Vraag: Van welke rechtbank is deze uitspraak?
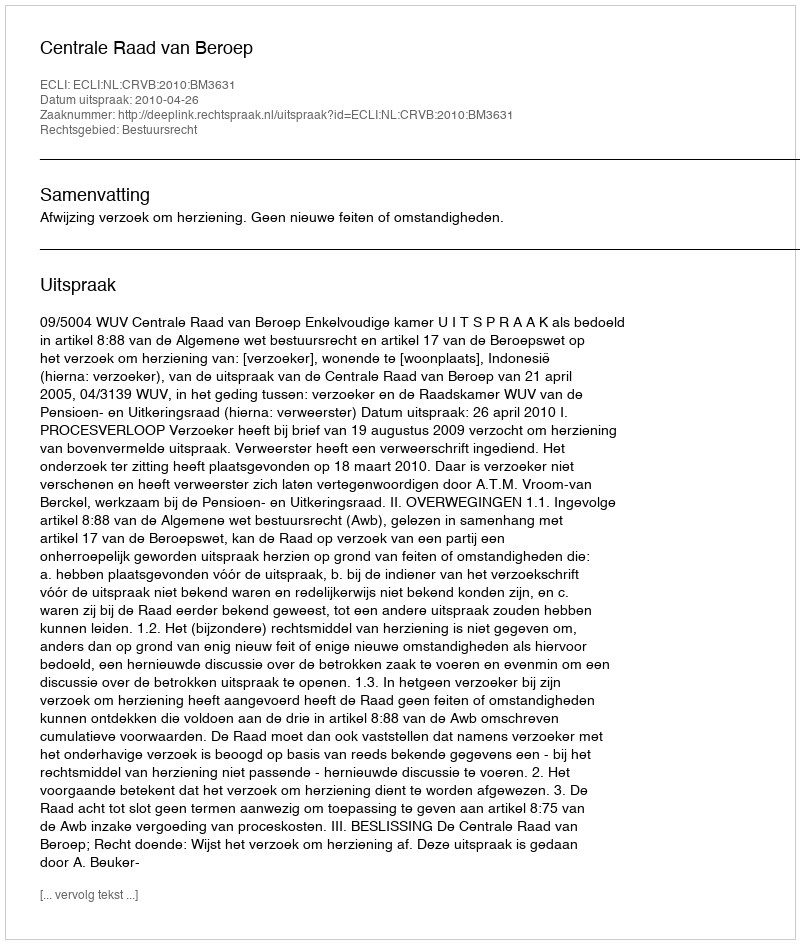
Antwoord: Centrale Raad van Beroep